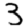
Digit: 3